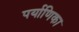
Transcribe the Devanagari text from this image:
पर्याणिका